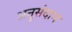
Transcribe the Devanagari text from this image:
अनुसंदान